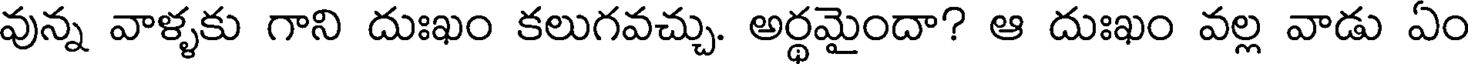
వున్న వాళ్ళకు గాని దుఃఖం కలుగవచ్చు. అర్థమైందా? ఆ దుఃఖం వల్ల వాడు ఏం